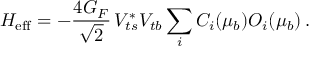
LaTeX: H _ { \mathrm { e f f } } = - \frac { 4 G _ { F } } { \sqrt 2 } \, V _ { t s } ^ { * } V _ { t b } \sum _ { i } C _ { i } ( \mu _ { b } ) O _ { i } ( \mu _ { b } ) \, .